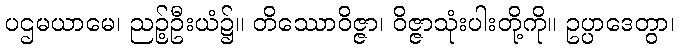
ပဌမယာမေ၊ ညဉ့်ဦးယံ၌။ တိဿောဝိဇ္ဇာ၊ ဝိဇ္ဇာသုံးပါးတို့ကို။ ဥပ္ပာဒေတွာ၊